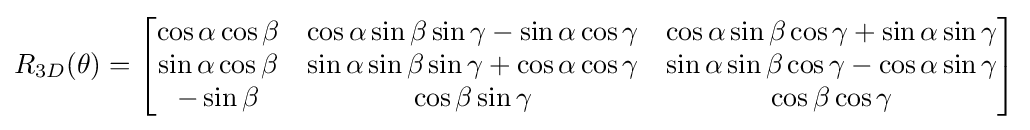
R_{3D}(\theta )={\begin{bmatrix}\cos \alpha \cos \beta &\cos \alpha \sin \beta \sin \gamma -\sin \alpha \cos \gamma &\cos \alpha \sin \beta \cos \gamma +\sin \alpha \sin \gamma \\\sin \alpha \cos \beta &\sin \alpha \sin \beta \sin \gamma +\cos \alpha \cos \gamma &\sin \alpha \sin \beta \cos \gamma -\cos \alpha \sin \gamma \\-\sin \beta &\cos \beta \sin \gamma &\cos \beta \cos \gamma \\\end{bmatrix}}